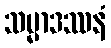
သမ္မာဒဿနံ